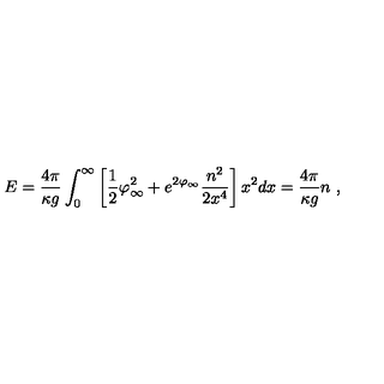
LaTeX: E = \frac { 4 \pi } { \kappa g } \int _ { 0 } ^ { \infty } \left[ \frac { 1 } { 2 } \varphi _ { \infty } ^ { 2 } + e ^ { 2 \varphi _ { \infty } } \frac { n ^ { 2 } } { 2 x ^ { 4 } } \right] x ^ { 2 } d x = \frac { 4 \pi } { \kappa g } n \ ,